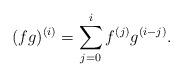
LaTeX: \begin{align*}(fg)^{(i)}=\sum_{j=0}^i f^{(j)}g^{(i-j)}.\end{align*}